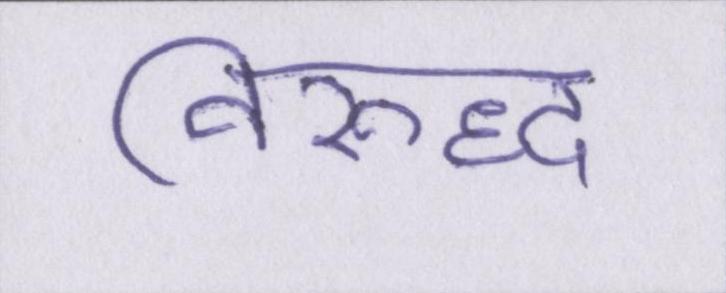
विरुद्ध